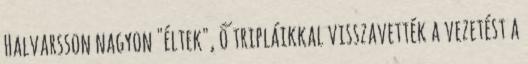
Halvarsson nagyon "éltek", ő tripláikkal visszavették a vezetést a